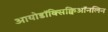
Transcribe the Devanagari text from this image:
आयोडॉक्सिक्विऑनलिन